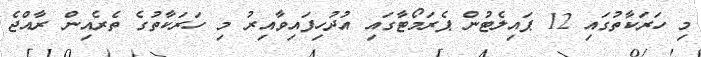
މި ހަރަކާތުގައި 12 ޕައިލެޓުން ޕެރަމޯޓާގައި އުދުހިފައިވާއިރު މި ހަރަކާތުގެ ތެރެއިން ރާއްޖެ